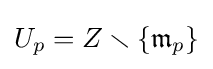
U_{p}=Z\smallsetminus \{{\mathfrak {m}}_{p}\}